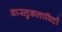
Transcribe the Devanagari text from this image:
वास्तुकलाविदों